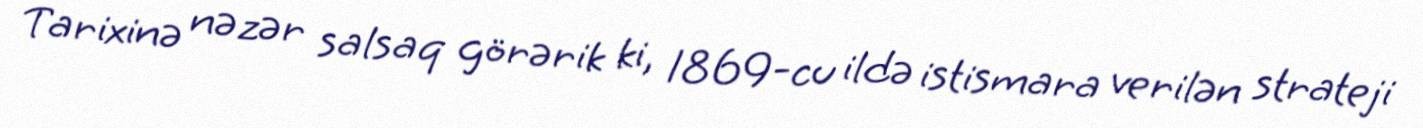
Tarixinə nəzər salsaq görərik ki, 1869-cu ildə istismara verilən strateji